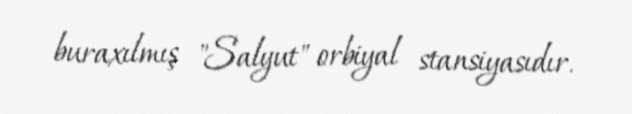
buraxılmış "Salyut" orbiyal stansiyasıdır.